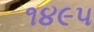
૧૪૯૫